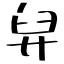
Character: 舁